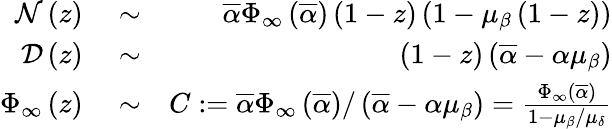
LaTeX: \begin{array}{rlr}{{\cal N}\left(z\right)}&{{}\sim}&{\overline{{\alpha}}\Phi_{\infty}\left(\overline{{\alpha}}\right)\left(1-z\right)\left(1-\mu_{\beta}\left(1-z\right)\right)}\\ {{\cal D}\left(z\right)}&{{}\sim}&{\left(1-z\right)\left(\overline{{\alpha}}-\alpha\mu_{\beta}\right)}\\ {\Phi_{\infty}\left(z\right)}&{{}\sim}&{C:=\overline{{\alpha}}\Phi_{\infty}\left(\overline{{\alpha}}\right)/\left(\overline{{\alpha}}-\alpha\mu_{\beta}\right)=\frac{\Phi_{\infty}\left(\overline{{\alpha}}\right)}{1-\mu_{\beta}/\mu_{\delta}}}\end{array}